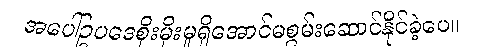
အပေါ်ဥပဒေစိုးမိုးမှုရှိအောင်မစွမ်းဆောင်နိုင်ခဲ့ပေ။